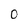
Character: 0